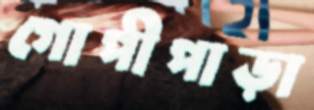
গোপীপাড়া